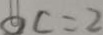
O C = 2